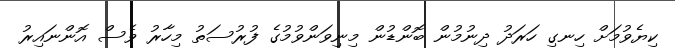
ކިޔެވުމަށް ހިނގި ހަރަދު ދިނުމުން ބޮންޑުން މިނިވަންވުމުގެ ފުރުސަތު މިހާރު ވެސް އޮންނައިރު